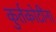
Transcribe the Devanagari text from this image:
कुर्तकोटींना